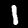
Digit: 1